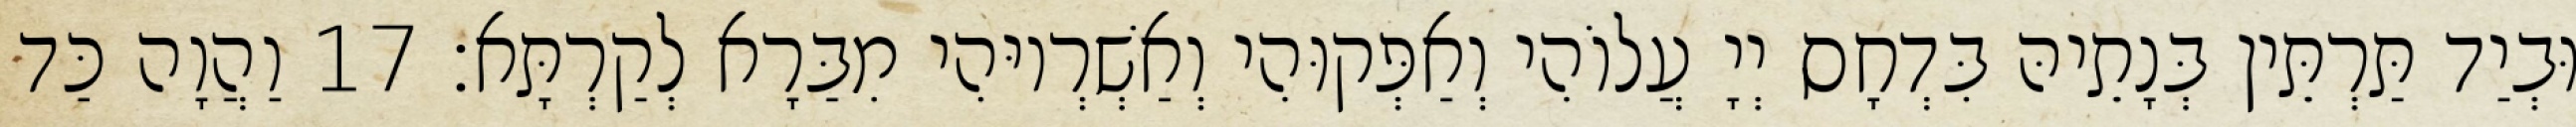
וּבְיַד תַּרְתֵּין בְּנָתֵיהּ בִּדְחָס יְיָ עֲלוֹהִי וְאַפְּקוּהִי וְאַשְׁרְיוּהִי מִבַּרָא לְקַרְתָּא׃ 17 וַהֲוָה כַּד